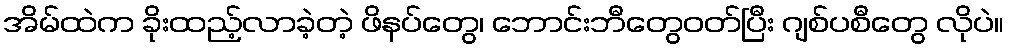
အိမ်ထဲက ခိုးထည့်လာခဲ့တဲ့ ဖိနပ်တွေ၊ ဘောင်းဘီတွေဝတ်ပြီး ဂျစ်ပစီတွေ လိုပဲ။